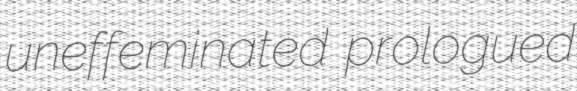
uneffeminated prologued